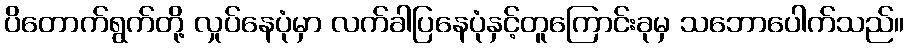
ပိတောက်ရွက်တို့ လှုပ်နေပုံမှာ လက်ခါပြနေပုံနှင့်တူကြောင်းခုမှ သဘောပေါက်သည်။